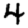
Digit: 4